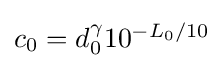
{\textstyle c_{0}={d_{0}^{\gamma }}10^{-L_{0}/10}}